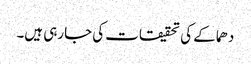
دھماکے کی تحقیقات کی جارہی ہیں۔